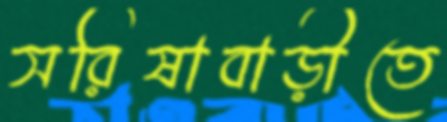
সরিষাবাড়ীতে